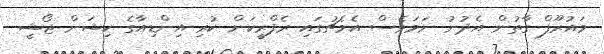
މައުރޫފް ގާތުން އެދުނު ނަމަވެސް އެމެޗުގައި ރެފްރީކަން ކުރި އިންޑިއާގެ ކިޝަން ޖޯޝީ